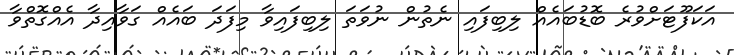
އަކަފޫޓަށްވުރެ ބޮޑުބައެއް ލިބިފައި ނެތުން ނުވަތަ ލިބިފައިވާ މިފަދަ ބައެއް ގަވާއިދާ އެއްގޮތްވާ